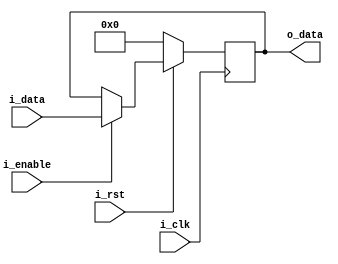
`timescale 1ns / 1ps
//////////////////////////////////////////////////////////////////////////////////
// Company: 
// Engineer: 
// 
// Design Name: 
// Module Name: Register_D
// Project Name: 
// Target Devices: 
// Tool Versions: 
// Description: 
// 
// Dependencies: 
// 
// Revision:
// Revision 0.01 - File Created
// Additional Comments:
// 
//////////////////////////////////////////////////////////////////////////////////

`define D_WIDTH 8

module UART_FSM_REG(
input [`D_WIDTH-1:0]  i_data , 
input i_clk , 
input i_rst , 
input i_enable , 
output [`D_WIDTH-1:0] o_data 
    );

reg [`D_WIDTH-1:0] o_reg = 0;
assign o_data = o_reg ;


always @(posedge i_clk) 
  begin
    if(~i_rst)
        o_reg <=  0;
     else
        if (i_enable == 1'b1)
            o_reg <= i_data ;
        else
            o_reg <= o_reg ;
 end                   


endmodule